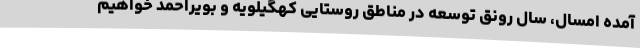
آمده امسال، سال رونق توسعه در مناطق روستایی کهگیلویه و بویراحمد خواهیم